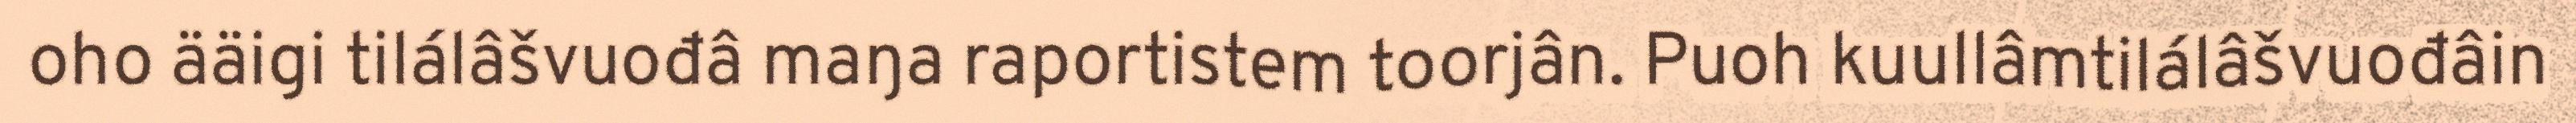
oho ääigi tilálâšvuođâ maŋa raportistem toorjân. Puoh kuullâmtilálâšvuođâin